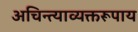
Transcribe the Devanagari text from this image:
अचिन्त्याव्यक्तरूपाय